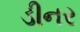
ડીનર